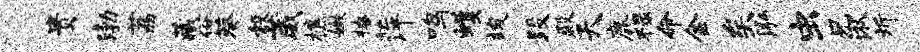
贵渤荔藏俗葵彀葳樵嫩撩萍鸣蠖竣段殿天鹿禄命金矣泓虫兄湫圻